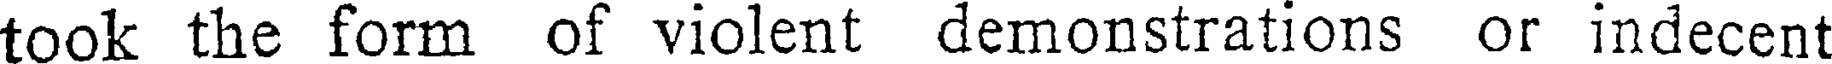
took the form of violent demonstrations or indecent